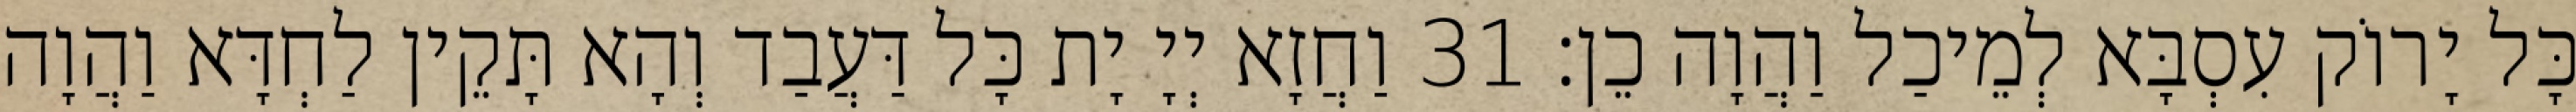
כָּל יָרוֹק עִסְבָּא לְמֵיכַל וַהֲוָה כֵן׃ 31 וַחֲזָא יְיָ יָת כָּל דַּעֲבַד וְהָא תָּקֵין לַחְדָּא וַהֲוָה